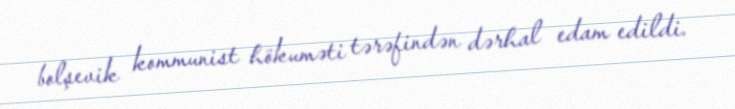
bolşevik kommunist hökuməti tərəfindən dərhal edam edildi.